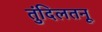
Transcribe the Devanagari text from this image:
तुंदिलतनू